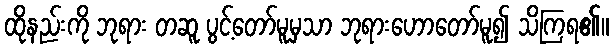
ထိုနည်းကို ဘုရား တဆူ ပွင့်တော်မူမှသာ ဘုရားဟောတော်မူ၍ သိကြရ၏။